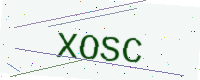
Text: XOSC